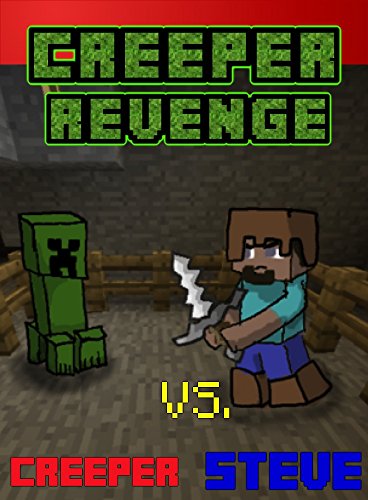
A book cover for Creeper Revenge:  Steve vs. Creeper: The Unofficial Minecraft Novel (Minecraft Steve's Adventures Book 1); Ender King; Children's Books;